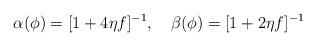
LaTeX: \begin{align*}\alpha(\phi) = [ 1+ 4 \eta f]^{-1}, \quad \beta(\phi) = [ 1+ 2 \eta f]^{-1}\end{align*}